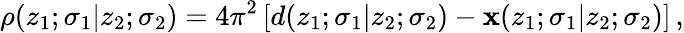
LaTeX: \rho(z_{1};\sigma_{1}|z_{2};\sigma_{2})=4\pi^{2}\left[d(z_{1};\sigma_{1}|z_{2};\sigma_{2})-\mathbf{x}(z_{1};\sigma_{1}|z_{2};\sigma_{2})\right]\, ,